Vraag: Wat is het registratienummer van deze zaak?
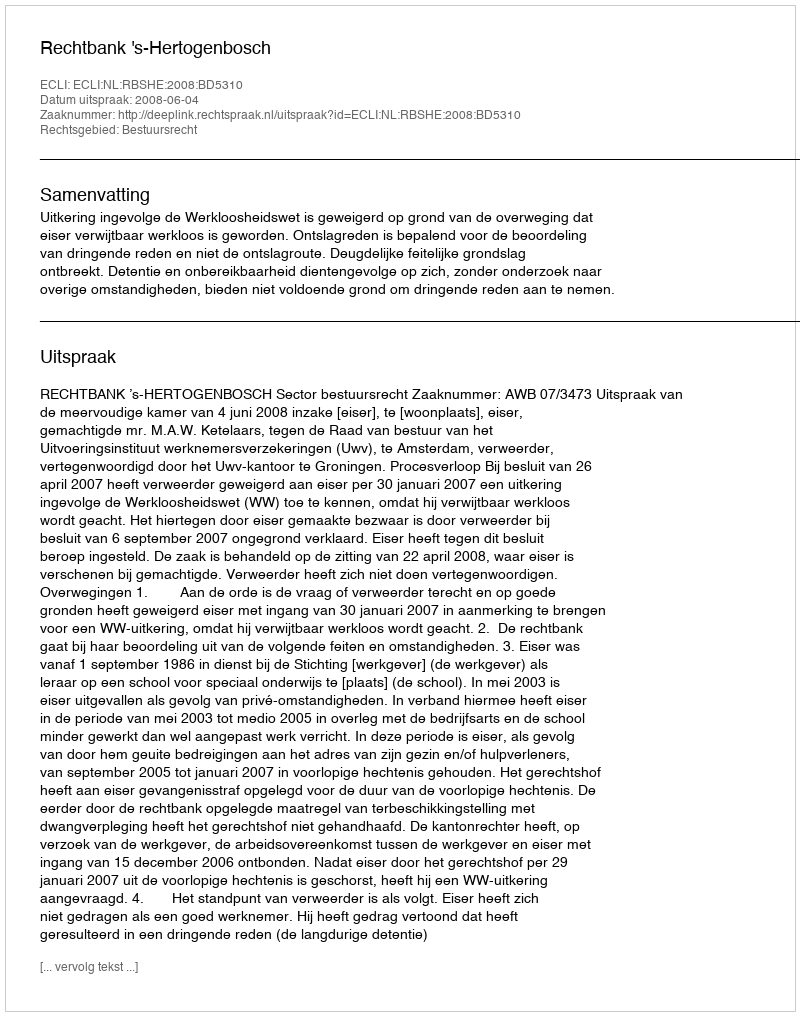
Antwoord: http://deeplink.rechtspraak.nl/uitspraak?id=ECLI:NL:RBSHE:2008:BD5310